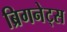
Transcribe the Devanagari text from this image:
ब्रिगनेट्स